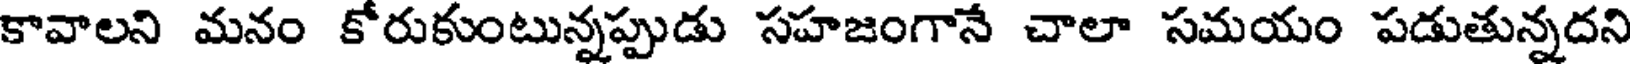
కావాలని మనం కోరుకుంటున్నప్పుడు సహజంగానే చాలా సమయం పడుతున్నదని